画像に写った文字を読んでください
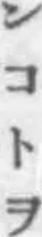
「ンコトヲ」と書いてあります